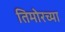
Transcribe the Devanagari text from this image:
तिमोरच्या